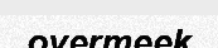
overmeek